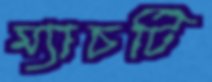
ম্যাচটি